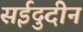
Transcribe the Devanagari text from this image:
सईदुदीन